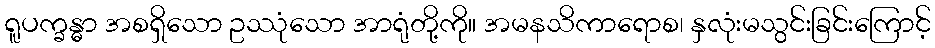
ရူပက္ခန္ဓာ အစရှိသော ဥဿုံသော အာရုံတို့ကို။ အမနသိကာရောစ၊ နှလုံးမသွင်းခြင်းကြောင့်